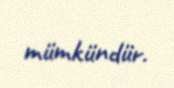
mümkündür.